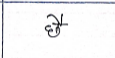
मजकूर: छै